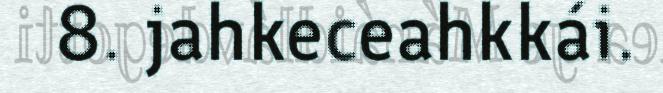
8. jahkeceahkkái.